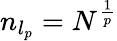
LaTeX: n_{l_{p}}=N^{\frac{1}{p}}